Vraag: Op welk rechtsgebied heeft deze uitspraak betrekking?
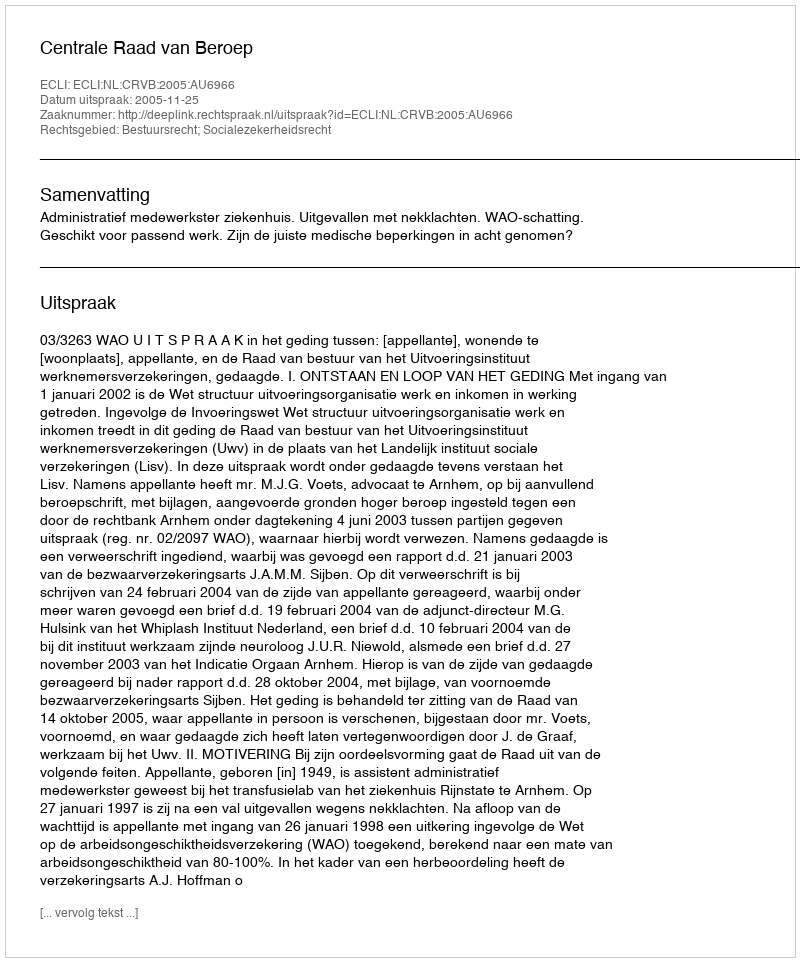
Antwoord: Bestuursrecht; Socialezekerheidsrecht